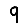
Digit: 9